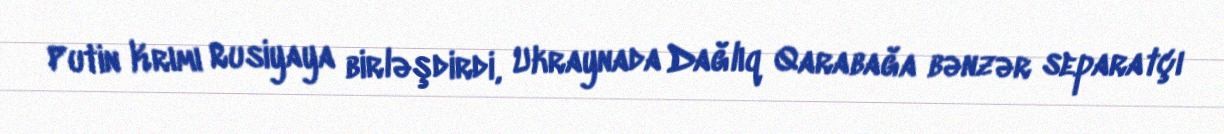
Putin Krımı Rusiyaya birləşdirdi, Ukraynada Dağlıq Qarabağa bənzər separatçı